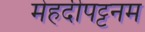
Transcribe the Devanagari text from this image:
मेहदीपट्टनम